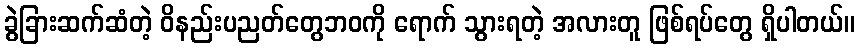
ခွဲခြားဆက်ဆံတဲ့ ဝိနည်းပညတ်တွေဘဝကို ရောက် သွားရတဲ့ အလားတူ ဖြစ်ရပ်တွေ ရှိပါတယ်။